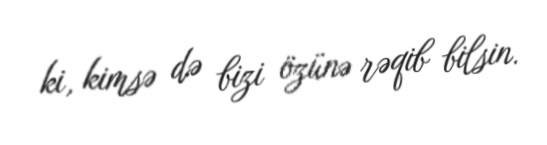
ki, kimsə də bizi özünə rəqib bilsin.